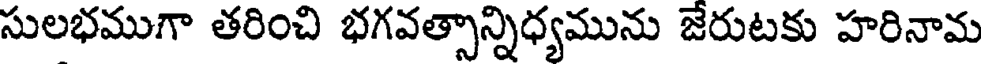
సులభముగా తరించి భగవత్సాన్నిధ్యమును జేరుటకు హరినామ